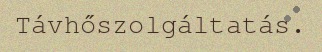
Távhőszolgáltatás.